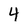
Character: 4